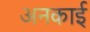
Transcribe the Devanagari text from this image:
अनकाई